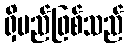
ရှိမည်ဖြစ်သည်